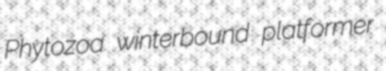
Phytozoa winterbound platformer